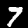
Label: 7